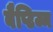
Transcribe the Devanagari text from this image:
बैप्टिज्म